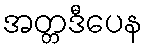
အတ္တဒီပေန